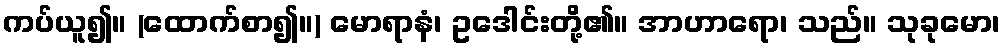
ကပ်ယူ၍။ (ထောက်စာ၍။) မောရာနံ၊ ဥဒေါင်းတို့၏။ အာဟာရော၊ သည်။ သုခုမော၊